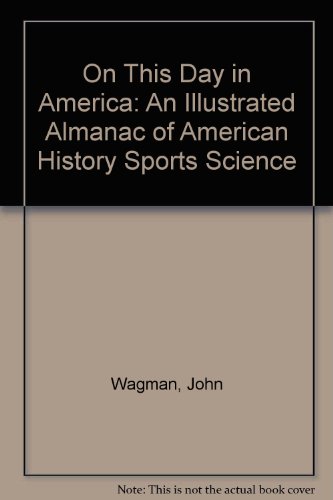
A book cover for On This Day in America: An Illustrated Almanac of American History Sports Science; John Wagman; Sports & Outdoors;